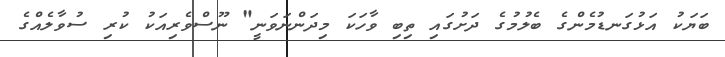
ބަޔަކު އަޅުގަނޑުމެންގެ ބެލުމުގެ ދަށުގައި ތިބި ވާހަކަ މިދަންނަވަނީ" ނޫސްވެރިއަކު ކުރި ސުވާލެއްގެ